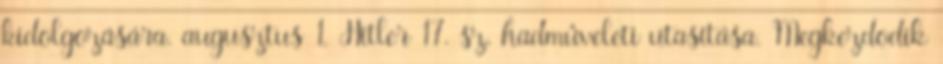
kidolgozására. augusztus 1. Hitler 17. sz. hadmûveleti utasítása. Megkezdõdik